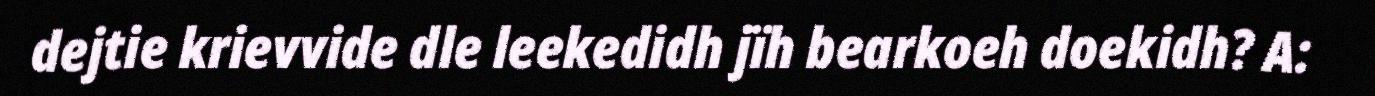
dejtie krievvide dle leekedidh jïh bearkoeh doekidh? A: